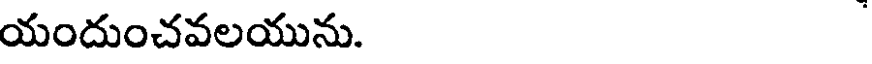
యందుంచవలయును.